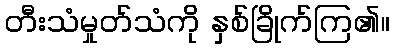
တီးသံမှုတ်သံကို နှစ်ခြိုက်ကြ၏။